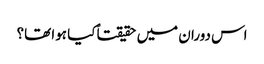
اس دوران میں حقیقتاً کیا ہوا تھا؟